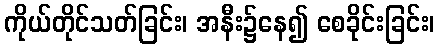
ကိုယ်တိုင်သတ်ခြင်း၊ အနီး၌နေ၍ စေခိုင်းခြင်း၊